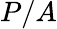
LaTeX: P/A